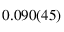
0 . 0 9 0 ( 4 5 )